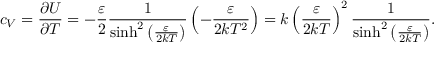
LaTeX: c _ { V } = { \frac { \partial U } { \partial T } } = - { \frac { \varepsilon } { 2 } } { \frac { 1 } { \sinh ^ { 2 } \left( { \frac { \varepsilon } { 2 k T } } \right) } } \left( - { \frac { \varepsilon } { 2 k T ^ { 2 } } } \right) = k \left( { \frac { \varepsilon } { 2 k T } } \right) ^ { 2 } { \frac { 1 } { \sinh ^ { 2 } \left( { \frac { \varepsilon } { 2 k T } } \right) } } .